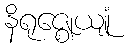
နိရုဇ္ဈေယျုံ